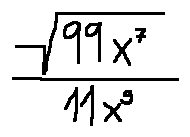
\frac { \sqrt { 9 9 x ^ { 7 } } } { 1 1 x ^ { 3 } }